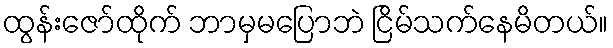
ထွန်းဇော်ထိုက် ဘာမှမပြောဘဲ ငြိမ်သက်နေမိတယ်။